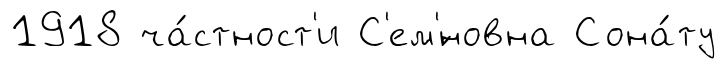
1918 ча́стност'и С'ем'́новна Сона́ту